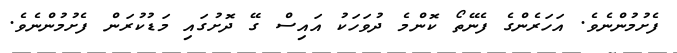
ފެށުމުންނެވެ. އަހަރެންގެ ފެނޭތޯ ކޮންމެ ދުވަހަކު އައިސް ގޭ ދޮށުގައި މަޑުކުރަން ފެށުމުންނެވެ.